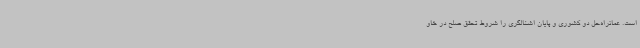
است. عمانراه‌حل دو کشوری و پایان اشغالگری را شروط تحقق صلح در خاو